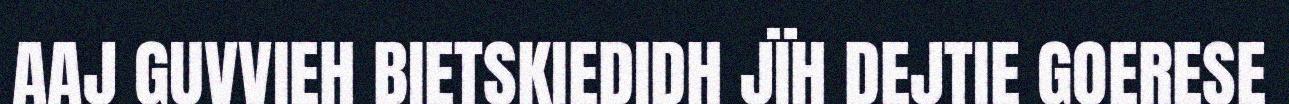
AAJ GUVVIEH BIETSKIEDIDH JÏH DEJTIE GOERESE